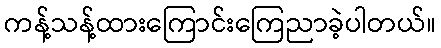
ကန့်သန့်ထားကြောင်းကြေညာခဲ့ပါတယ်။